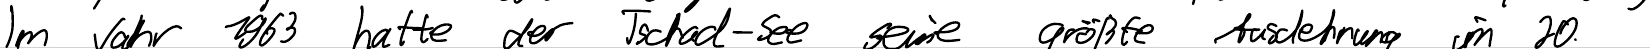
Im Jahr 1963 hatte der Tschad-See seine größte Ausdehnung im 20.